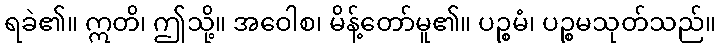
ရခဲ၏။ ဣတိ၊ ဤသို့။ အဝေါစ၊ မိန့်တော်မူ၏။ ပဉ္စမံ၊ ပဉ္စမသုတ်သည်။